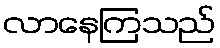
လာနေကြသည်